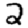
Digit: 2